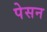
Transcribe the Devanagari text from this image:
पेसन